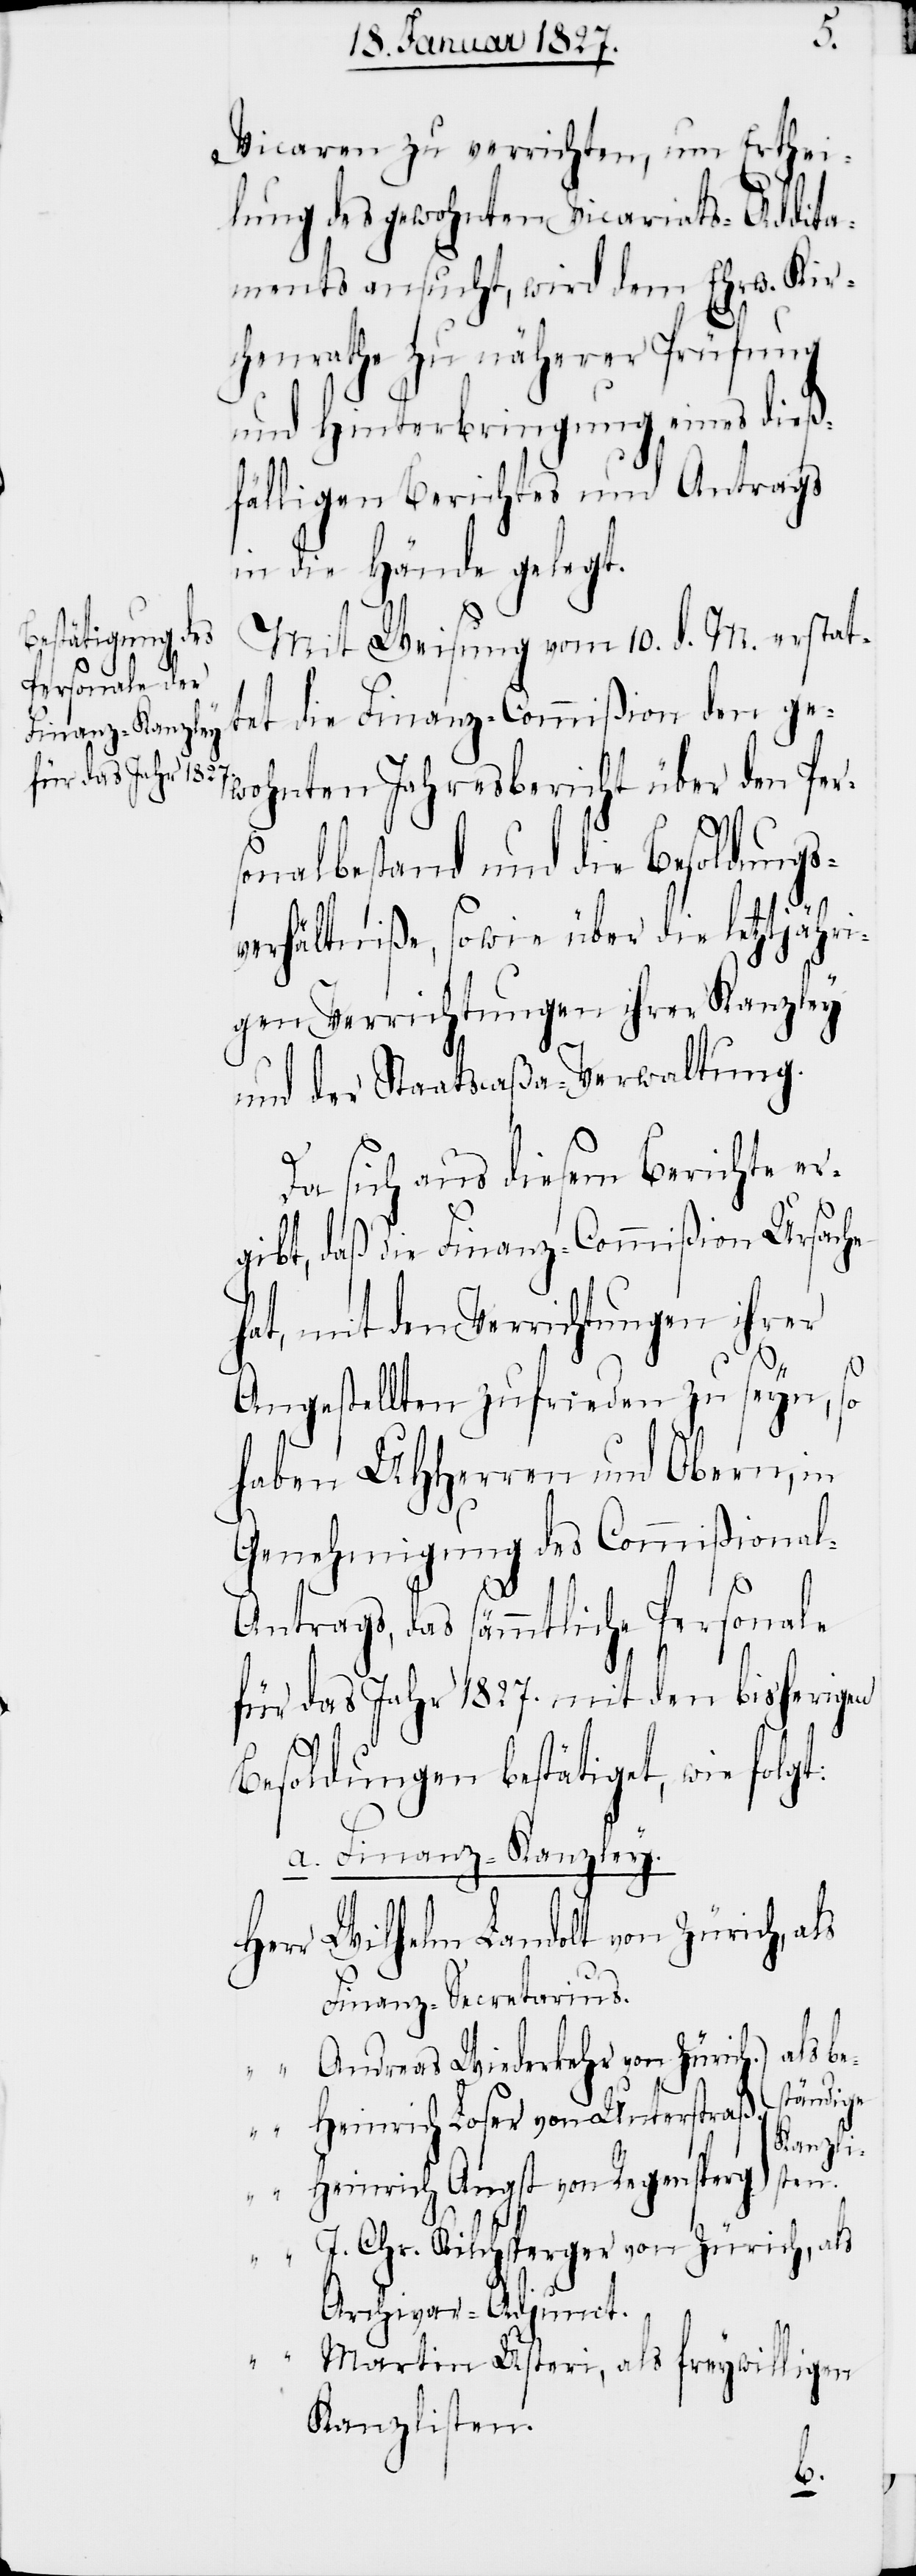
Vicaren zu verrichten, um Erthei¬
lung des gewohnten Vicariats-Addita¬
ments ansucht, wird dem Ehrw. Kir¬
chenrathe zu näherer Prüfung
und Hinterbringung eines dieß¬
fälligen Berichtes und Antrags
in die Hände gelegt.
Mit Weisung vom 10. d. M. erstat¬
tet die Finanz-Commißion den ge¬
wohnten Jahresbericht über den Pers¬
onalbestand und die Besoldungs¬
verhältniße, sowie über die letztjähri¬
gen Verrichtungen ihrer Kanzley
und der Staatscaßa-Verwaltung.
Da sich aus diesem Berichte er¬
gibt, daß die Finanz-Commißion Ursache
hat, mit den Verrichtungen ihrer
Angestellten zufrieden zu seyn, so
haben UHHerren und Obern, in
Genehmigung des Commißiona¬
ntrags, das sämmtliche Personale
für das Jahr 1827. mit den bisherigen
Besoldungen bestätigt, wie folgt:
a. Finanz-Kanzley.
Herr Wilhelm Landolt von Zürich, als
Finanz-Secretarius.
bes¬
“ Andreas Wiederkehr von Zürich.
tändigen
Heinrich Loser von Unterstraß.
Heinrich Angst von Regensperg. als
“ J. Chr. Kilchsperger von Zürich, als
Archivar-Adjunct.
“ Martin Usteri, als freywilligen
Kanzlisten.